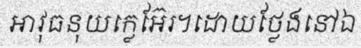
អាវុធនុយក្លេអ៊ែរ។ដោយថ្លែងនៅឯ